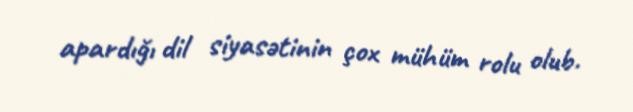
apardığı dil siyasətinin çox mühüm rolu olub.